Annual report of the Central Committee of the Association together with the report of the directors of the Pasteur Institute at Kasauli
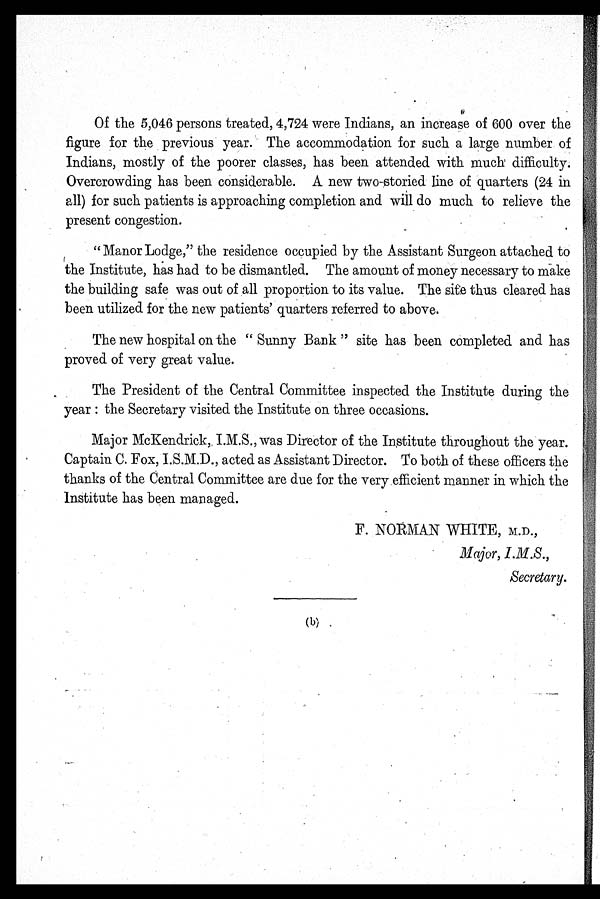
Of the 5,046 persons treated, 4,724 were Indians, an increase of 600 over the
figure for the previous year. The accommodation for such a large number of
Indians, mostly of the poorer classes, has been attended with much difficulty.
Overcrowding has been considerable. A new two-storied line of quarters (24 in
all) for such patients is approaching completion and will do much to relieve the
present congestion.
" Manor Lodge," the residence occupied by the Assistant Surgeon attached to
the Institute, has had to be dismantled. The amount of money necessary to make
the building safe was out of all proportion to its value. The site thus cleared has
been utilized for the new patients' quarters referred to above.
The new hospital on the " Sunny Bank " site has been completed and has
proved of very great value.
The President of the Central Committee inspected the Institute during the
year : the Secretary visited the Institute on three occasions.
Major McKendrick,. I.M.S., was Director of the Institute throughout the year.
Captain C. Fox, I.S.M.D., acted as Assistant Director. To both of these officers the
thanks of the Central Committee are due for the very efficient manner in which the
Institute has been managed.
F. NORMAN WHITE, M.D.,
Major, I.M.S.,
Secretary.
(b)